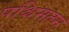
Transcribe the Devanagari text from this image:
पश्चिमतम्